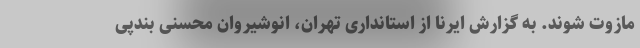
مازوت شوند. به گزارش ایرنا از استانداری تهران، انوشیروان محسنی بندپی